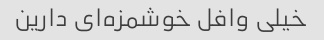
خیلی وافل خوشمزه‌ای دارین